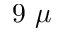
9 \ \mu